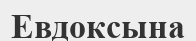
Евдоксына